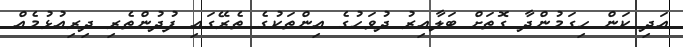
އަދި ކަން ހިގަމުންދާ ގޮތަށް ބަލާއިރު ދުވަހުގެ އިންތަކުގެ ތެރޭގައި ފުދުންތެރި ދިރިއުޅުމެއް